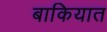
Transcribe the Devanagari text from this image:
बाकियात